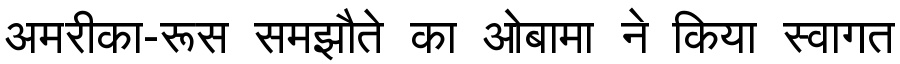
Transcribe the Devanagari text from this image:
अमरीका-रूस समझौते का ओबामा ने किया स्वागत